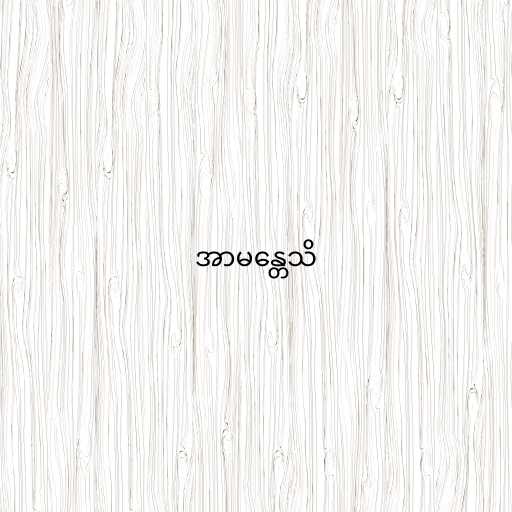
အာမန္တေသိ